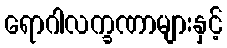
ရောဂါလက္ခဏာများနှင့်